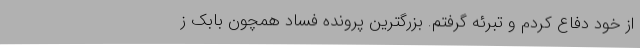
از خود دفاع کردم و تبرئه گرفتم. بزرگترین پرونده فساد همچون بابک ز